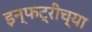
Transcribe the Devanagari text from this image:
इन्फट्रीच्या